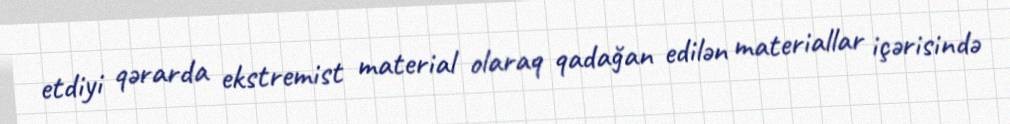
etdiyi qərarda ekstremist material olaraq qadağan edilən materiallar içərisində